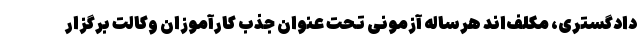
دادگستری، مکلف‌اند هرساله آزمونی تحت عنوان جذب کارآموزان وکالت برگزار